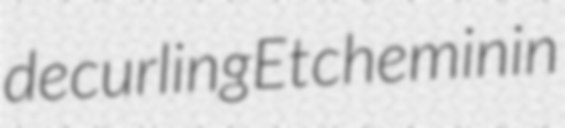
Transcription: de curling Etchemin in